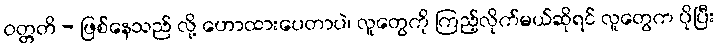
ဝတ္တတိ - ဖြစ်နေသည် လို့ ဟောထားပေတာပဲ၊ လူတွေကို ကြည့်လိုက်မယ်ဆိုရင် လူတွေက ပိုပြီး